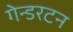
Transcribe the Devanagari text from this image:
गेन्डरटन